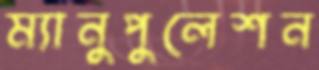
ম্যানুপুলেশন